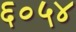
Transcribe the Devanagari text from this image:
६०५४